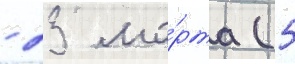
- 23 ма́рта (5